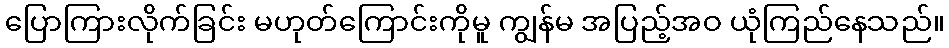
ပြောကြားလိုက်ခြင်း မဟုတ်ကြောင်းကိုမူ ကျွန်မ အပြည့်အဝ ယုံကြည်နေသည်။